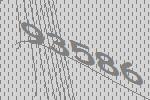
93586